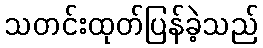
သတင်းထုတ်ပြန်ခဲ့သည်